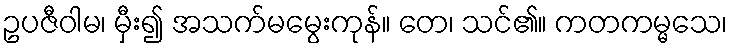
ဥပဇီဝါမ၊ မှီး၍ အသက်မမွေးကုန်။ တေ၊ သင်၏။ ကတကမ္မသေ၊